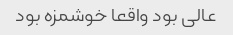
عالی بود واقعا خوشمزه بود